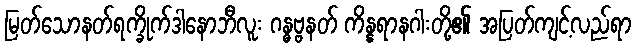
မြတ်သောနတ်ရက္ခိုက်ဒါနောဘီလူး ဂန္ဓဗ္ဗနတ် ကိန္နရာနဂါးတို့၏ အပြတ်ကျင့်လည်ရာ